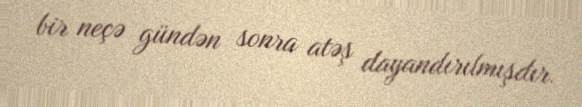
bir neçə gündən sonra atəş dayandırılmışdır.